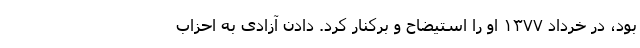
بود، در خرداد ۱۳۷۷ او را استیضاح و برکنار کرد. دادن آزادی به احزاب